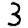
Digit: 3